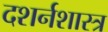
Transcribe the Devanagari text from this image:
दशर्नशास्त्र